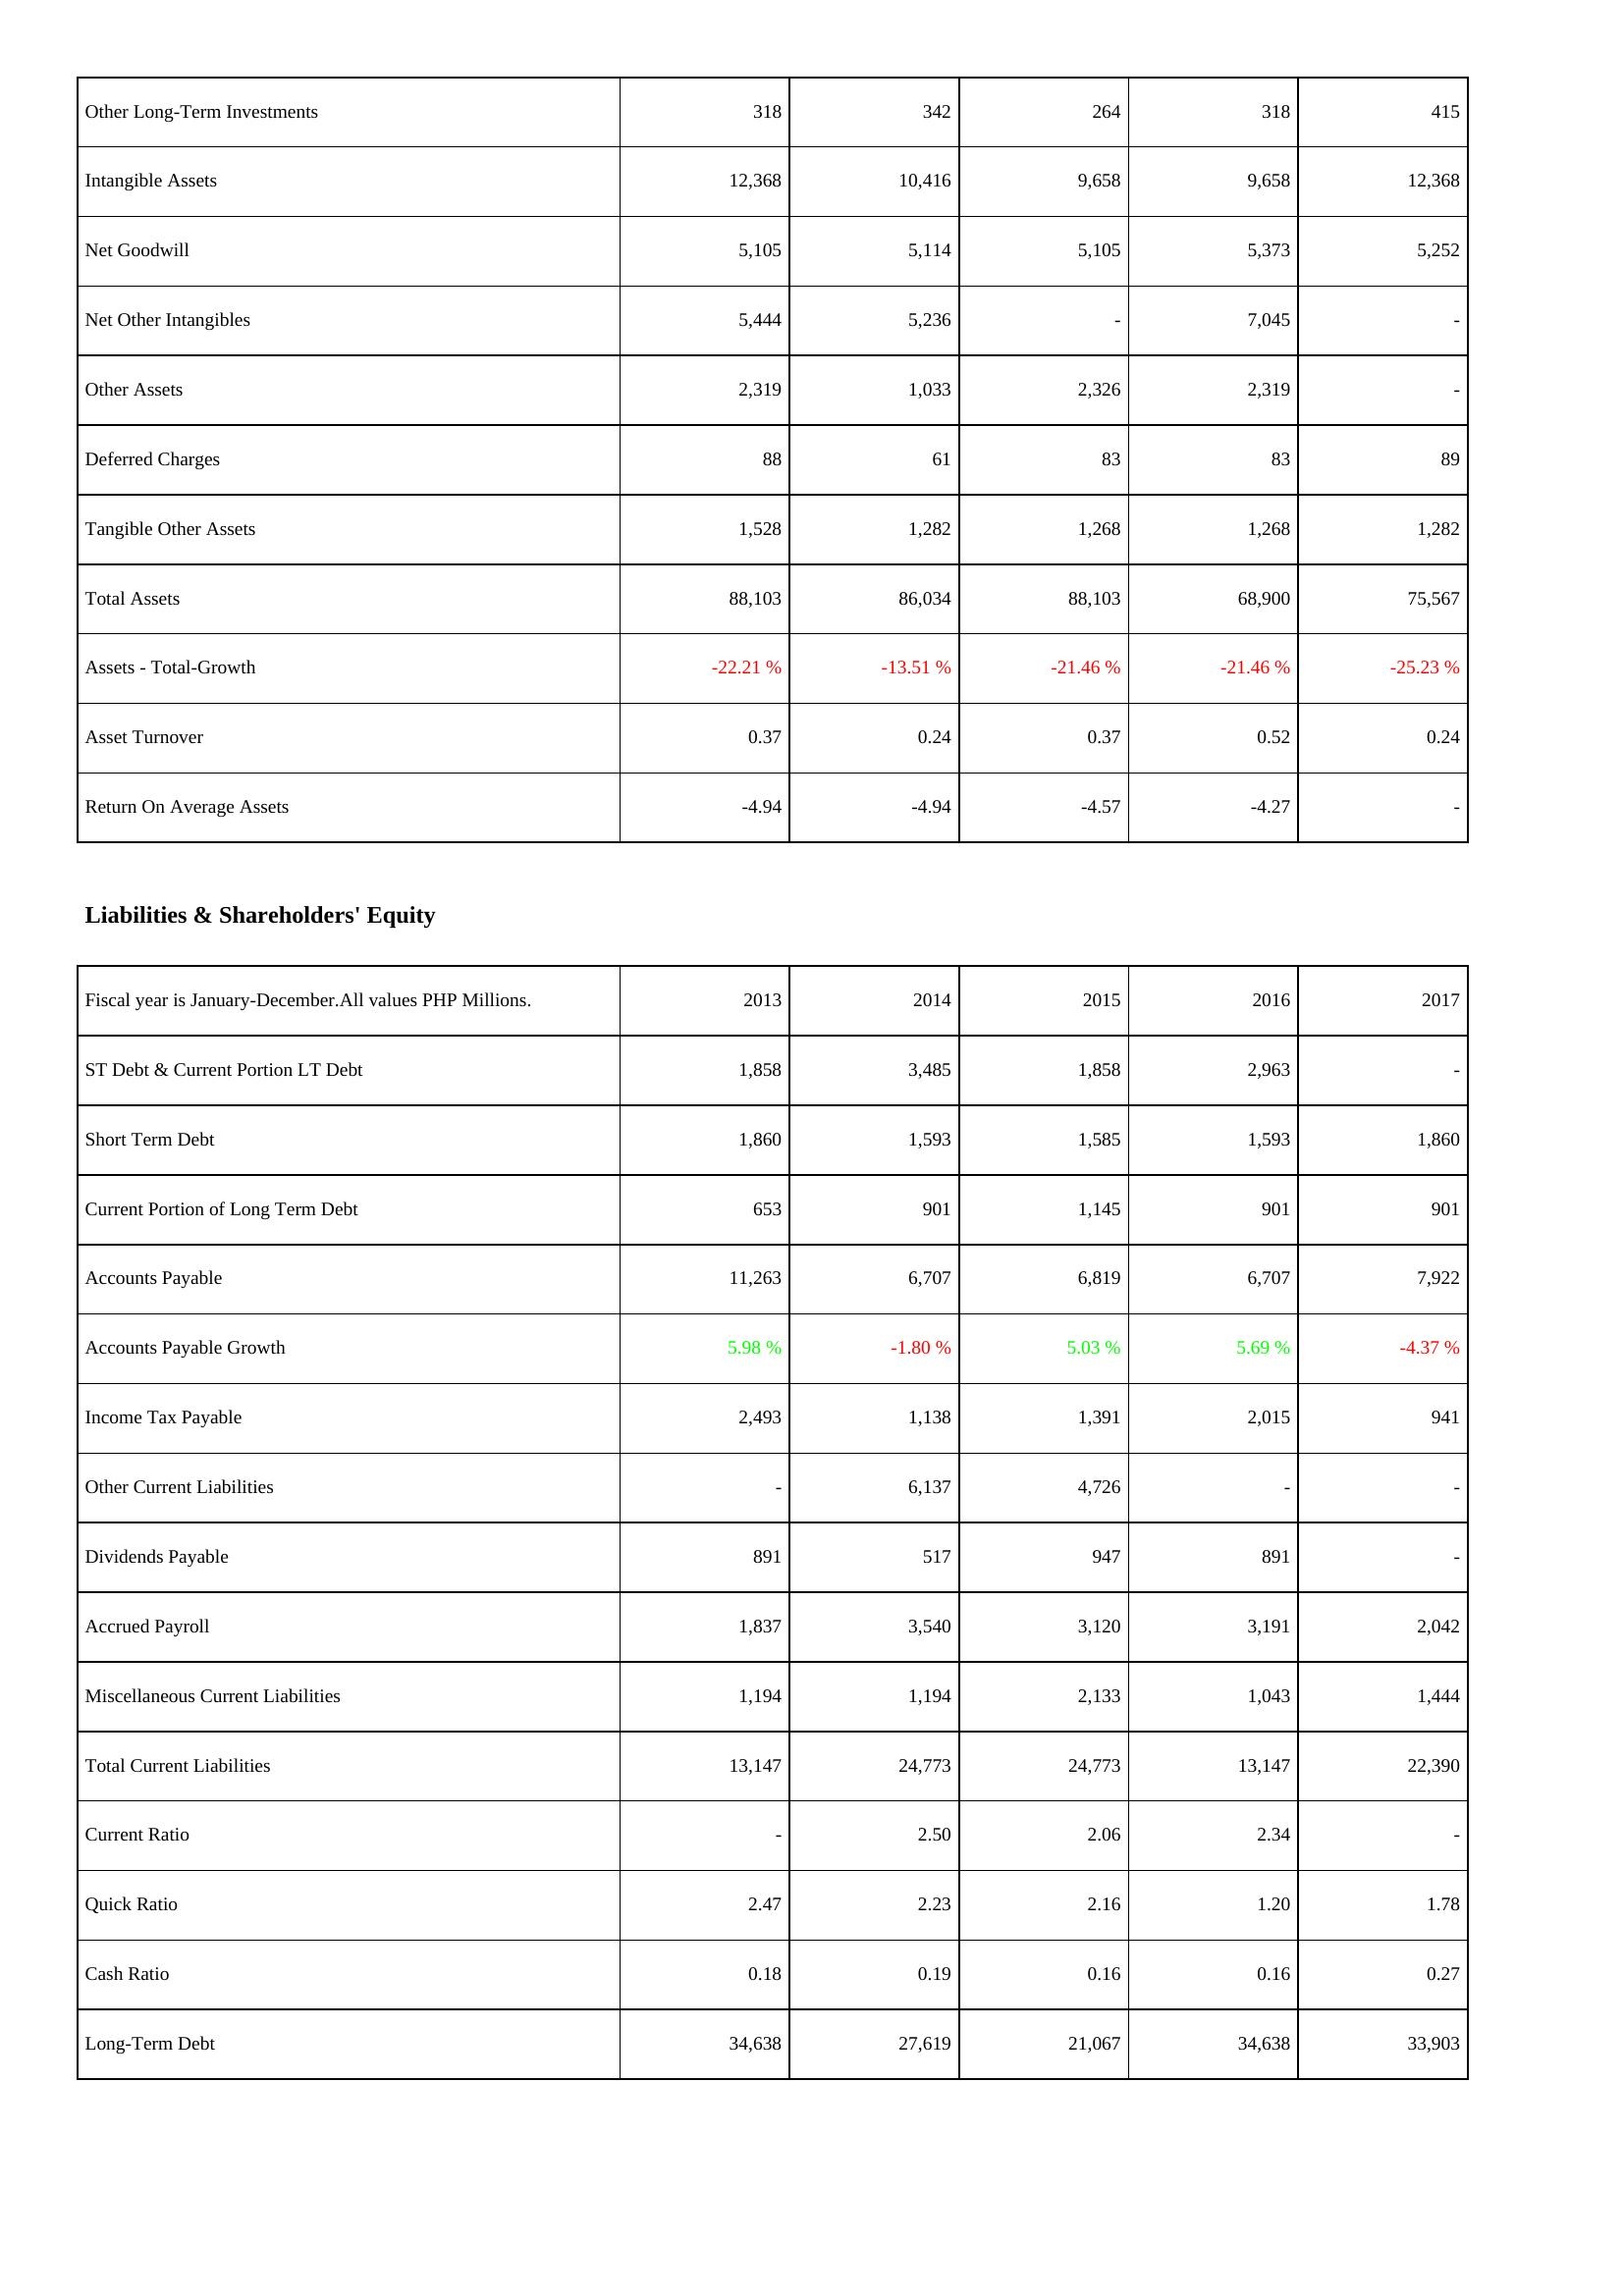
2013: Assets: Other Long-Term Investments: 318
Intangible Assets: 12,368
Net Goodwill: 5,105
Net Other Intangibles: 5,444
Other Assets: 2,319
Deferred Charges: 88
Tangible Other Assets: 1,528
Total Assets: 88,103
Assets - Total-Growth: -22.21 %
Asset Turnover: 0.37
Return On Average Assets: -4.94
Liabilities & Shareholders' Equity: ST Debt & Current Portion LT Debt: 1,858
Short Term Debt: 1,860
Current Portion of Long Term Debt: 653
Accounts Payable: 11,263
Accounts Payable Growth: 5.98 %
Income Tax Payable: 2,493
Other Current Liabilities: -
Dividends Payable: 891
Accrued Payroll: 1,837
Miscellaneous Current Liabilities: 1,194
Total Current Liabilities: 13,147
Current Ratio: -
Quick Ratio: 2.47
Cash Ratio: 0.18
Long-Term Debt: 34,638
2014: Assets: Other Long-Term Investments: 342
Intangible Assets: 10,416
Net Goodwill: 5,114
Net Other Intangibles: 5,236
Other Assets: 1,033
Deferred Charges: 61
Tangible Other Assets: 1,282
Total Assets: 86,034
Assets - Total-Growth: -13.51 %
Asset Turnover: 0.24
Return On Average Assets: -4.94
Liabilities & Shareholders' Equity: ST Debt & Current Portion LT Debt: 3,485
Short Term Debt: 1,593
Current Portion of Long Term Debt: 901
Accounts Payable: 6,707
Accounts Payable Growth: -1.80 %
Income Tax Payable: 1,138
Other Current Liabilities: 6,137
Dividends Payable: 517
Accrued Payroll: 3,540
Miscellaneous Current Liabilities: 1,194
Total Current Liabilities: 24,773
Current Ratio: 2.50
Quick Ratio: 2.23
Cash Ratio: 0.19
Long-Term Debt: 27,619
2015: Assets: Other Long-Term Investments: 264
Intangible Assets: 9,658
Net Goodwill: 5,105
Net Other Intangibles: -
Other Assets: 2,326
Deferred Charges: 83
Tangible Other Assets: 1,268
Total Assets: 88,103
Assets - Total-Growth: -21.46 %
Asset Turnover: 0.37
Return On Average Assets: -4.57
Liabilities & Shareholders' Equity: ST Debt & Current Portion LT Debt: 1,858
Short Term Debt: 1,585
Current Portion of Long Term Debt: 1,145
Accounts Payable: 6,819
Accounts Payable Growth: 5.03 %
Income Tax Payable: 1,391
Other Current Liabilities: 4,726
Dividends Payable: 947
Accrued Payroll: 3,120
Miscellaneous Current Liabilities: 2,133
Total Current Liabilities: 24,773
Current Ratio: 2.06
Quick Ratio: 2.16
Cash Ratio: 0.16
Long-Term Debt: 21,067
2016: Assets: Other Long-Term Investments: 318
Intangible Assets: 9,658
Net Goodwill: 5,373
Net Other Intangibles: 7,045
Other Assets: 2,319
Deferred Charges: 83
Tangible Other Assets: 1,268
Total Assets: 68,900
Assets - Total-Growth: -21.46 %
Asset Turnover: 0.52
Return On Average Assets: -4.27
Liabilities & Shareholders' Equity: ST Debt & Current Portion LT Debt: 2,963
Short Term Debt: 1,593
Current Portion of Long Term Debt: 901
Accounts Payable: 6,707
Accounts Payable Growth: 5.69 %
Income Tax Payable: 2,015
Other Current Liabilities: -
Dividends Payable: 891
Accrued Payroll: 3,191
Miscellaneous Current Liabilities: 1,043
Total Current Liabilities: 13,147
Current Ratio: 2.34
Quick Ratio: 1.20
Cash Ratio: 0.16
Long-Term Debt: 34,638
2017: Assets: Other Long-Term Investments: 415
Intangible Assets: 12,368
Net Goodwill: 5,252
Net Other Intangibles: -
Other Assets: -
Deferred Charges: 89
Tangible Other Assets: 1,282
Total Assets: 75,567
Assets - Total-Growth: -25.23 %
Asset Turnover: 0.24
Return On Average Assets: -
Liabilities & Shareholders' Equity: ST Debt & Current Portion LT Debt: -
Short Term Debt: 1,860
Current Portion of Long Term Debt: 901
Accounts Payable: 7,922
Accounts Payable Growth: -4.37 %
Income Tax Payable: 941
Other Current Liabilities: -
Dividends Payable: -
Accrued Payroll: 2,042
Miscellaneous Current Liabilities: 1,444
Total Current Liabilities: 22,390
Current Ratio: -
Quick Ratio: 1.78
Cash Ratio: 0.27
Long-Term Debt: 33,903